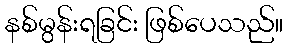
နစ်မွန်းရခြင်း ဖြစ်ပေသည်။